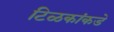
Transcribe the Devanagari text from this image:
टिळकांकडे